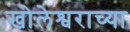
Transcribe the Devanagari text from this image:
खोलेश्वराच्या